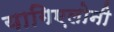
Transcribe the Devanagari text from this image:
यागिएलोनी